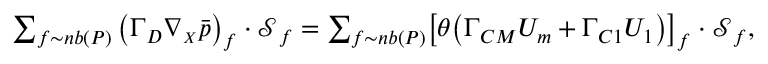
\begin{array} { r } { \sum _ { f \sim n b ( P ) } \left( \boldsymbol { \Gamma _ { D } } \boldsymbol { \nabla _ { \scriptscriptstyle X } } \Bar { p } \right) _ { f } \cdot \boldsymbol { \mathcal { S } } _ { f } = \sum _ { f \sim n b ( P ) } \bigl [ \theta \bigl ( \boldsymbol { \Gamma _ { C M } } \boldsymbol { U _ { m } } + \boldsymbol { \Gamma _ { C 1 } } \boldsymbol { U _ { 1 } } \bigr ) \bigr ] _ { f } \cdot \boldsymbol { \mathcal { S } } _ { f } , } \end{array}